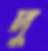
দু